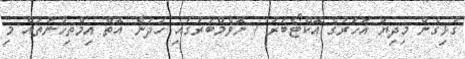
ގުޅިގެން މިދިޔަ އަހަރުގެ އޮކްޓޯބަރު / ނޮވެމްބަރުގައި ހަދަން އޮތް އިމްތިހާނުތައް މި